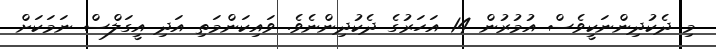
މި ދެކުދިންނަކީވެސް އުމުރުން 14 އަހަރުގެ ދެކުދިންނެވެ. ވައިކަންމަތި އަދި އީގަލްސް ނަމަކަށް